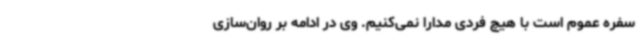
سفره عموم است با هیچ فردی مدارا نمی‌کنیم. وی در ادامه بر روان‌سازی